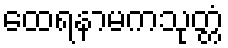
ထေရနာမကသုတ္တံ